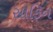
સાફિન